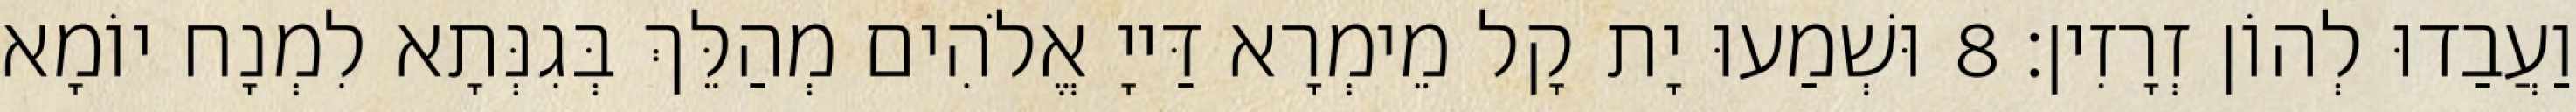
וַעֲבַדוּ לְהוֹן זְרָזִין׃ 8 וּשְׁמַעוּ יָת קָל מֵימְרָא דַּייָ אֱלֹהִים מְהַלֵּךְ בְּגִנְּתָא לִמְנָח יוֹמָא